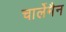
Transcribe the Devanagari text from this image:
चार्लेमैन